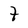
Character: t